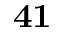
\mathbf { 4 1 }